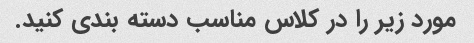
مورد زیر را در کلاس مناسب دسته بندی کنید.